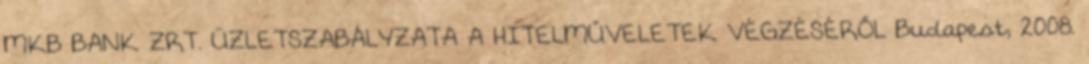
MKB BANK ZRT. ÜZLETSZABÁLYZATA A HITELMŰVELETEK VÉGZÉSÉRŐL Budapest, 2008.